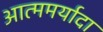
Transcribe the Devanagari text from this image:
आत्ममर्यादा